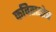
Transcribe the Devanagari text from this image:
कविताक्षेत्र